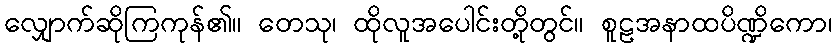
လျှောက်ဆိုကြကုန်၏။ တေသု၊ ထိုလူအပေါင်းတို့တွင်။ စူဠအနာထပိဏ္ဍိကော၊